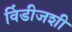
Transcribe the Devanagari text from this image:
विंडीजशी